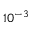
1 0 ^ { - 3 }